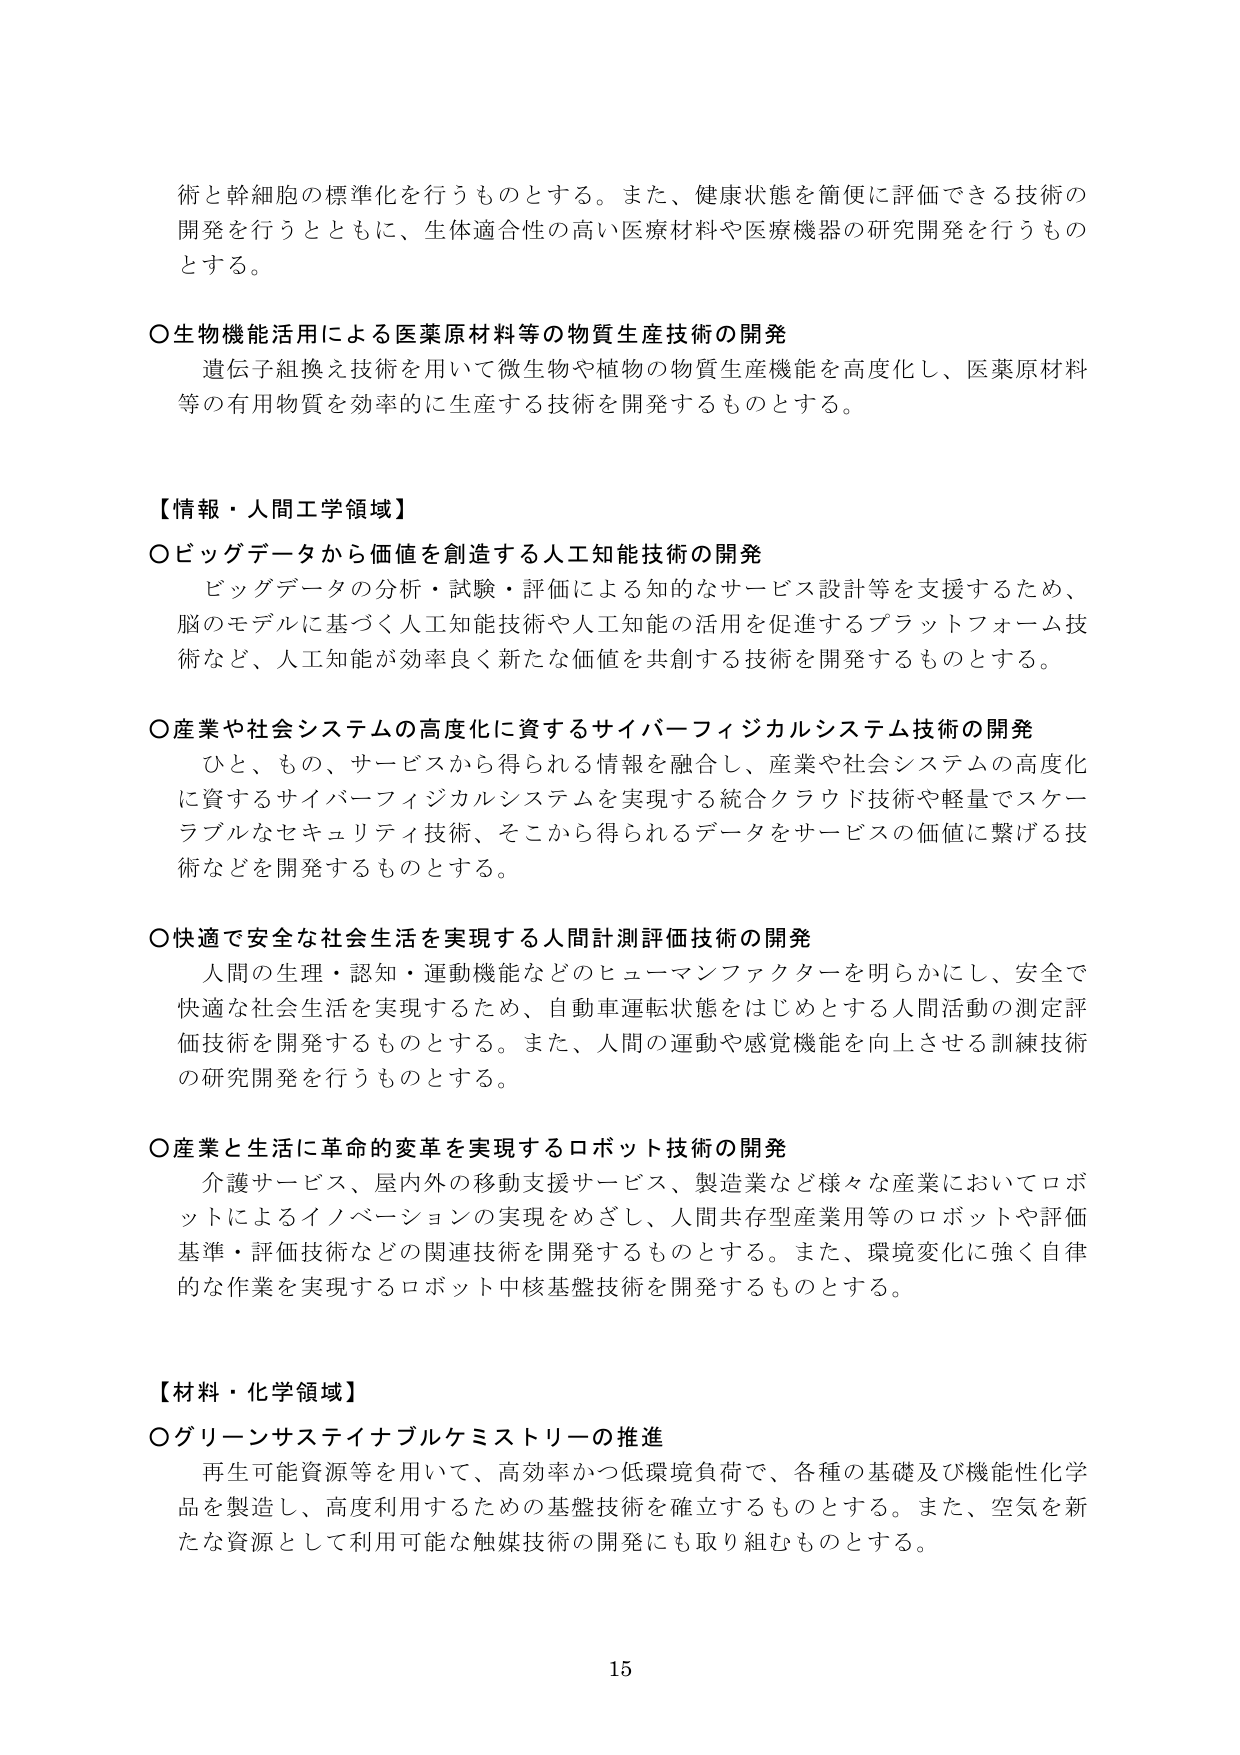
術と幹細胞の標準化を行うものとする。また、健康状態を簡便に評価できる技術の開発を行うとともに、生体適合性の高い医療材料や医療機器の研究開発を行うものとする。

○生物機能活用による医薬原材料等の物質生産技術の開発
　遺伝子組換え技術を用いて微生物や植物の物質生産機能を高度化し、医薬原材料等の有用物質を効率的に生産する技術を開発するものとする。

【情報・人間工学領域】
○ビッグデータから価値を創造する人工知能技術の開発
　ビッグデータの分析・試験・評価による知的なサービス設計等を支援するため、脳のモデルに基づく人工知能技術や人工知能の活用を促進するプラットフォーム技術など、人工知能が効率良く新たな価値を共創する技術を開発するものとする。

○産業や社会システムの高度化に資するサイバーフィジカルシステム技術の開発
　ひと、もの、サービスから得られる情報を融合し、産業や社会システムの高度化に資するサイバーフィジカルシステムを実現する統合クラウド技術や軽量でスケーラブルなセキュリティ技術、そこから得られるデータをサービスの価値に繋げる技術などを開発するものとする。

○快適で安全な社会生活を実現する人間計測評価技術の開発
　人間の生理・認知・運動機能などのヒューマンファクターを明らかにし、安全で快適な社会生活を実現するため、自動車運転状態をはじめとする人間活動の測定評価技術を開発するものとする。また、人間の運動や感覚機能を向上させる訓練技術の研究開発を行うものとする。

○産業と生活に革命的変革を実現するロボット技術の開発
　介護サービス、屋内外の移動支援サービス、製造業など様々な産業においてロボットによるイノベーションの実現をめざし、人間共存型産業用等のロボットや評価基準・評価技術などの関連技術を開発するものとする。また、環境変化に強く自律的な作業を実現するロボット中核基盤技術を開発するものとする。

【材料・化学領域】
○グリーンサステイナブルケミストリーの推進
　再生可能資源等を用いて、高効率かつ低環境負荷で、各種の基礎及び機能性化学品を製造し、高度利用するための基盤技術を確立するものとする。また、空気を新たな資源として利用可能な触媒技術の開発にも取り組むものとする。

15